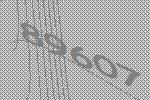
89607